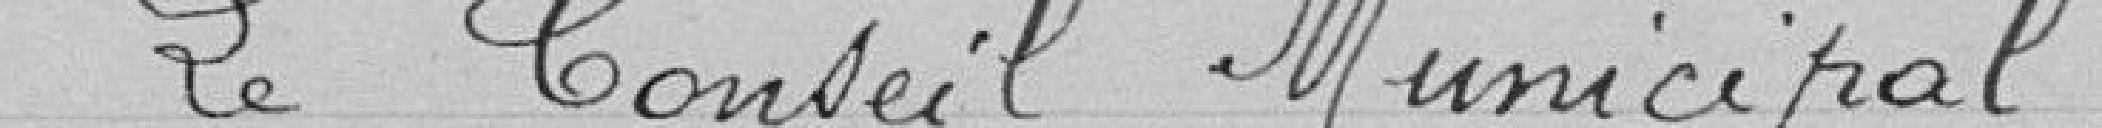
Le conseil municipal,